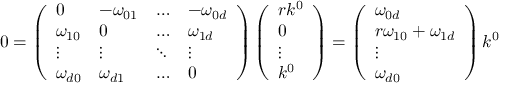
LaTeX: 0 = \left( \begin{array} { l l l l } { { 0 } } & { { - \omega _ { 0 1 } } } & { { \ldots } } & { { - \omega _ { 0 d } } } \\ { { \omega _ { 1 0 } } } & { { 0 } } & { { \ldots } } & { { \omega _ { 1 d } } } \\ { { \vdots } } & { { \vdots } } & { { \ddots } } & { { \vdots } } \\ { { \omega _ { d 0 } } } & { { \omega _ { d 1 } } } & { { \ldots } } & { { 0 } } \end{array} \right) \left( \begin{array} { l } { { r k ^ { 0 } } } \\ { { 0 } } \\ { { \vdots } } \\ { { k ^ { 0 } } } \end{array} \right) = \left( \begin{array} { l } { { \omega _ { 0 d } } } \\ { { r \omega _ { 1 0 } + \omega _ { 1 d } } } \\ { { \vdots } } \\ { { \omega _ { d 0 } } } \end{array} \right) k ^ { 0 }